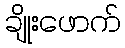
ချိုးဖောက်